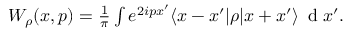
\begin{array} { r } { W _ { \rho } ( x , p ) = \frac { 1 } { \pi } \int e ^ { 2 i p x ^ { \prime } } \langle x - x ^ { \prime } | \rho | x + x ^ { \prime } \rangle \, \mathrm { ~ d ~ } x ^ { \prime } . } \end{array}